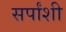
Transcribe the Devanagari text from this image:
सर्पांशी